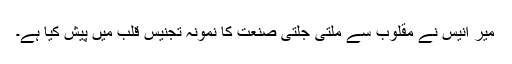
میر انیس نے مقلوب سے ملتی جلتی صنعت کا نمونہ تجنیس قلب میں پیش کیا ہے۔